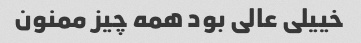
خییلی عالی بود همه چیز ممنون